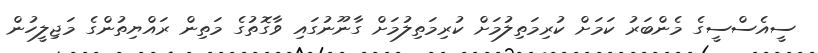
ސީއެސްސީގެ މެންބަރު ކަމަށް ކުރިމަތިލުމަށް ކުރިމަތިލުމަށް ގާނޫނުގައި ވާގޮތުގެ މަތިން ރައްޔިތުންގެ މަޖިލީހުން